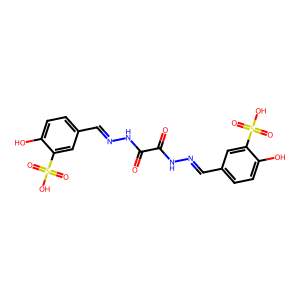
SMILES: O=C(NN=Cc1ccc(O)c(S(=O)(=O)O)c1)C(=O)NN=Cc1ccc(O)c(S(=O)(=O)O)c1
Inhibits HIV replication: No